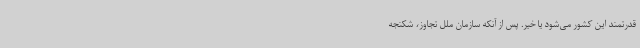
قدرتمند این کشور می‌شود یا خیر. پس از آنکه سازمان ملل تجاوز، شکنجه